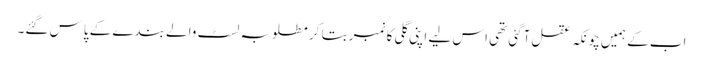
اب کے ہمیں چونکہ عقل آگئی تھی اس لیے اپنی گلی کا نمبر بتا کر مطلوبہ لسٹ والے بندے کے پاس گئے۔